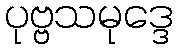
ပုဗ္ဗသမုဒ္ဒေ